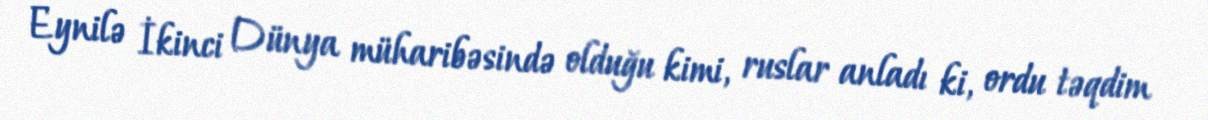
Eynilə İkinci Dünya müharibəsində olduğu kimi, ruslar anladı ki, ordu təqdim